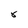
Character: 8